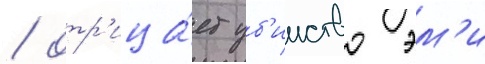
/ отр'ица́ет уб'ииство эм'и